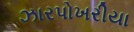
ઝારપોખરીયા